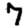
Digit: 7